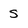
Character: S